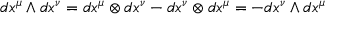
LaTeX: d x ^ { \mu } \wedge d x ^ { \nu } = d x ^ { \mu } \otimes d x ^ { \nu } - d x ^ { \nu } \otimes d x ^ { \mu } = - d x ^ { \nu } \wedge d x ^ { \mu }